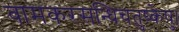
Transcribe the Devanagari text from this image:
वामकरसन्धिचतुष्केषु।